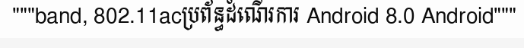
"""band, 802.11acប្រព័ន្ធដំណើរការ Android 8.0 Android"""